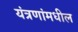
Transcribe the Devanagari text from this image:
यंत्रणांमधील